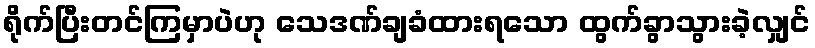
ရိုက်ပြီးတင်ကြမှာပဲဟု သေဒဏ်ချခံထားရသော ထွက်ခွာသွားခဲ့လျှင်